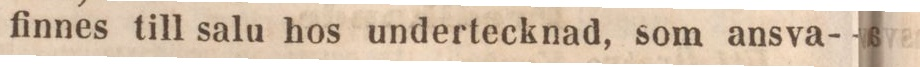
finnes till salu hos undertecknad, som ansva-